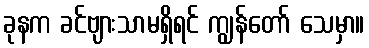
ခုနက ခင်ဗျားသာမရှိရင် ကျွန်တော် သေမှာ။